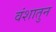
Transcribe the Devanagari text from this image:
वंशातुन